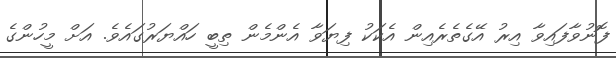
ފޮނުވާފައިވާ އިރު އޭގެތެރެއިން އެކަކު ފިޔަވާ އެންމެން ތިބީ ހައްޔަރުގައެވެ. އަށް މީހުންގެ